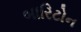
બારિટોન